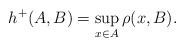
\begin{align*}h^{+}(A,B) = \sup\limits_{x \in A} {\rho(x, B)}.\end{align*}